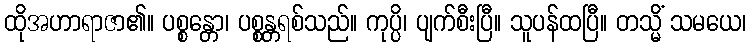
ထိုအဟာရာဇာ၏။ ပစ္စန္တော၊ ပစ္စန္တရစ်သည်။ ကုပ္ပိ၊ ပျက်စီးပြီ။ သူပန်ထပြီ။ တသ္မိံ သမယေ၊